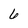
Character: 6